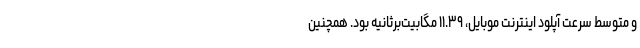
و متوسط سرعت آپلود اینترنت موبایل، ۱۱.۳۹ مگابیت‌برثانیه بود. همچنین